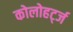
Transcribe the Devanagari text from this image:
कोलोहर्ट्ज